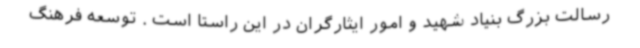
رسالت بزرگ بنیاد شهید و امور ایثارگران در این راستا است . توسعه فرهنگ